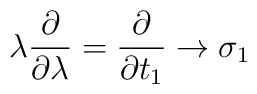
\lambda \frac{\partial}{\partial \lambda} =\frac{\partial}{\partial t_1} \rightarrow \sigma_1